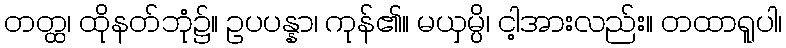
တတ္ထ၊ ထိုနတ်ဘုံ၌။ ဥပပန္နာ၊ ကုန်၏။ မယှမ္ပိ၊ ငါ့အားလည်း။ တထာရူပါ၊